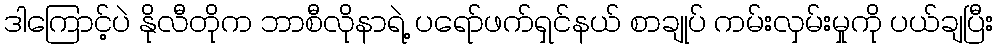
ဒါကြောင့်ပဲ နိုလီတိုက ဘာစီလိုနာရဲ့ ပရော်ဖက်ရှင်နယ် စာချုပ် ကမ်းလှမ်းမှုကို ပယ်ချပြီး